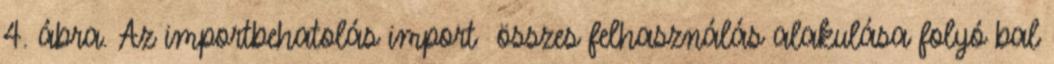
4. ábra. Az importbehatolás import összes felhasználás alakulása folyó bal